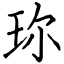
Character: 珎